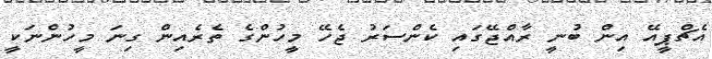
އެޗްޕީއޭ އިން ބުނީ ރާއްޖޭގައި ކެންސަރު ޖެހޭ މީހުންގެ ތެރެއިން ގިނަ މީހުންނަކީ